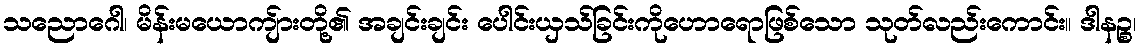
သညောဂေါ၊ မိန်းမယောကျ်ားတို့၏ အချင်းချင်း ပေါင်းယှသ်ခြင်းကိုဟောရောဖြစ်သော သုတ်လည်းကောင်း။ ဒါနဉ္စ၊